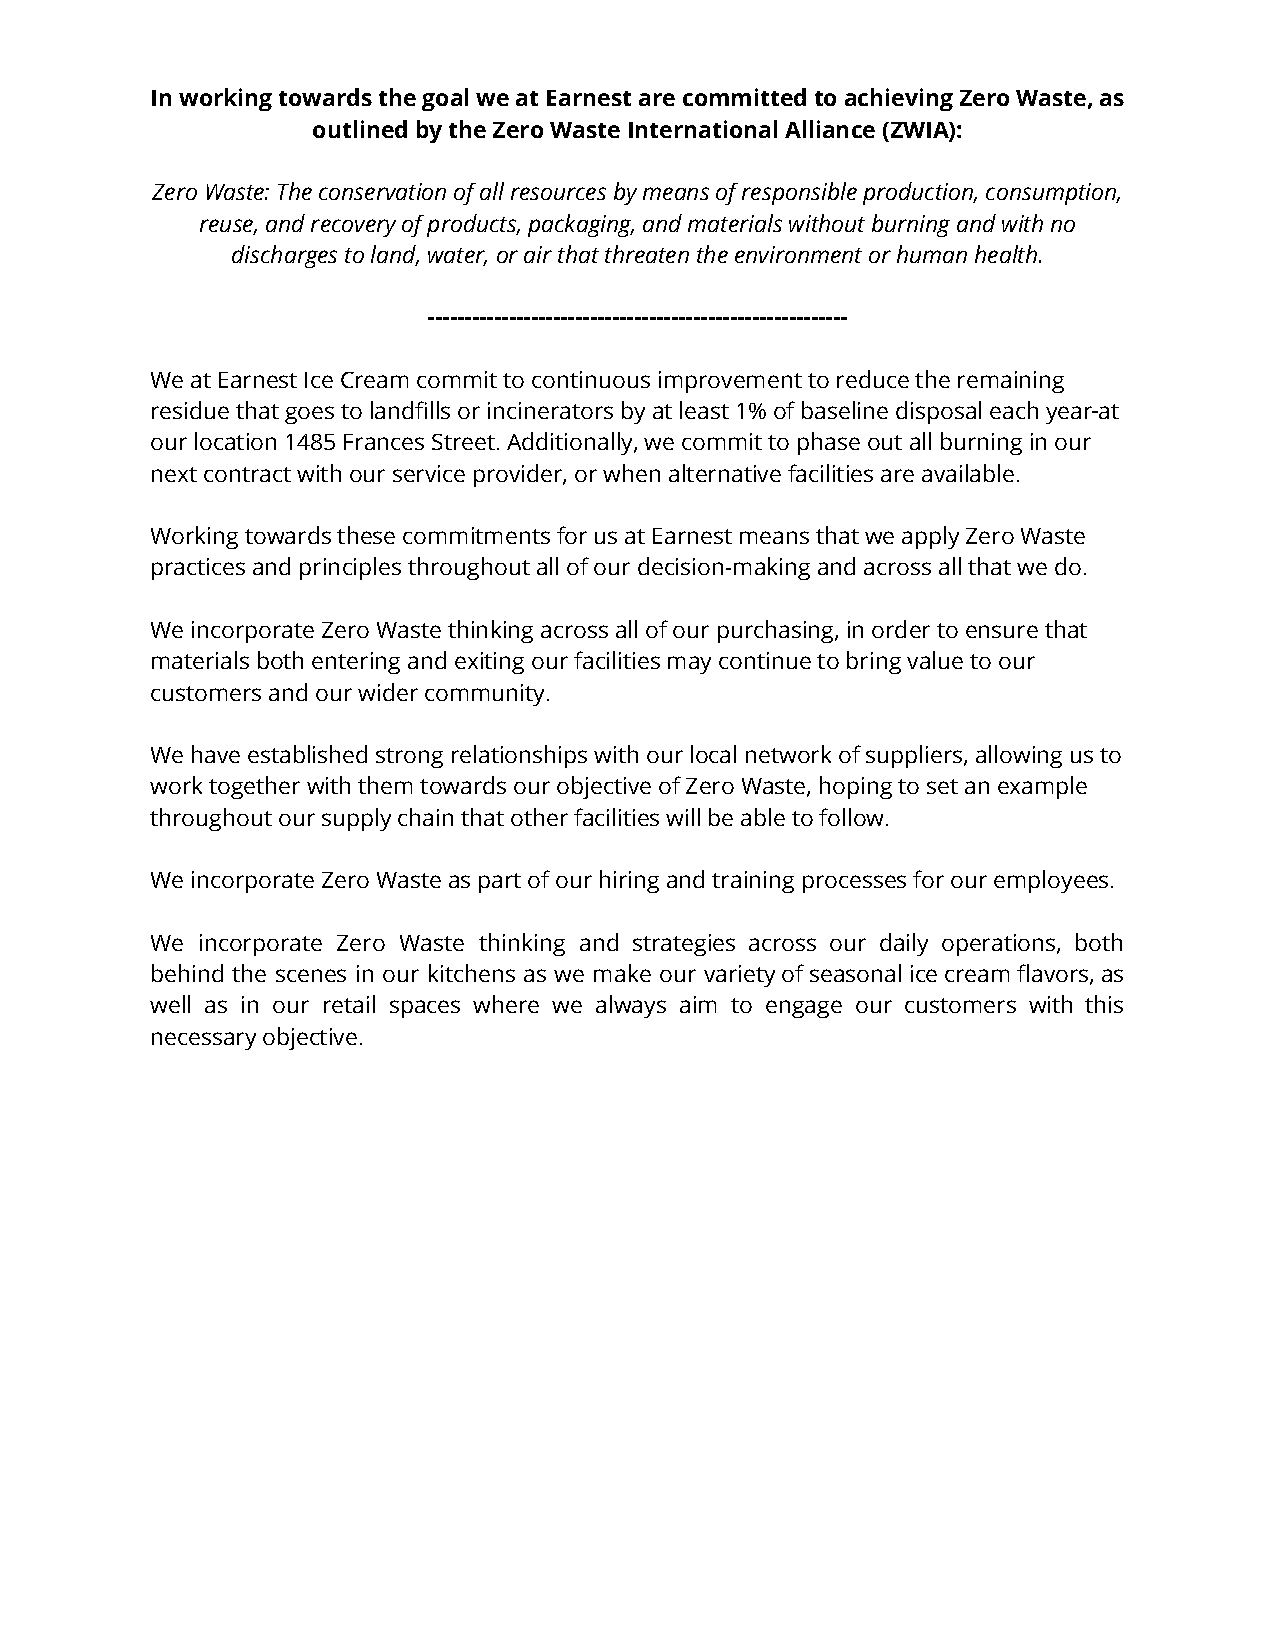
In working towards the goal we at Earnest are committedto achieving Zero Waste, as
 outlined by the Zero Waste International Alliance(ZWIA):
 Zero Waste: The conservation of all resources by meansof responsible production, consumption,
 reuse, and recovery of products, packaging, and materialswithout burning and with no
 discharges to land, water, or air that threaten theenvironment or human health.
 ---------------------------------------------------------
 We at Earnest Ice Cream commit to continuous improvementto reduce the remaining
 residue that goes to landfills or incinerators byat least 1% of baseline disposal each yearat
 our location 1485 Frances Street. Additionally, wecommit to phase out all burning in our
 next contract with our service provider, or when alternativefacilities are available.
 Working towards these commitments for us at Earnestmeans that we apply Zero Waste
 practices and principles throughout all of our decision-makingand across all that we do.
 We incorporate Zero Waste thinking across all of ourpurchasing, in order to ensure that
 materials both entering and exiting our facilitiesmay continue to bring value to our
 customers and our wider community.
 We have established strong relationships with ourlocal network of suppliers, allowing us to
 work together with them towards our objective of ZeroWaste, hoping to set an example
 throughout our supply chain that other facilitieswill be able to follow.
 We incorporate Zero Waste as part of our hiring andtraining processes for our employees.
 We incorporate Zero Waste thinking and strategies across our daily operations, both
 behind the scenes in our kitchens as we make our varietyofseasonalicecreamflavors,as
 well as in our retail spaces where we always aim to engage our customers with this
 necessary objective.